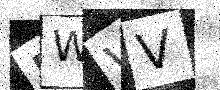
Text: RWWV